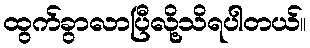
ထွက်ခွာလာပြီလို့သိရပါတယ်။